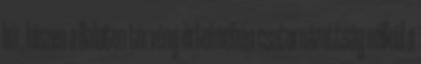
bír, hiszen a Balaton törvény értelmében csatornázottság nélkül a